Account of plague administration in the Bombay Presidency from September 1896 till May 1897
Year: 1896
Disease focus: Plague
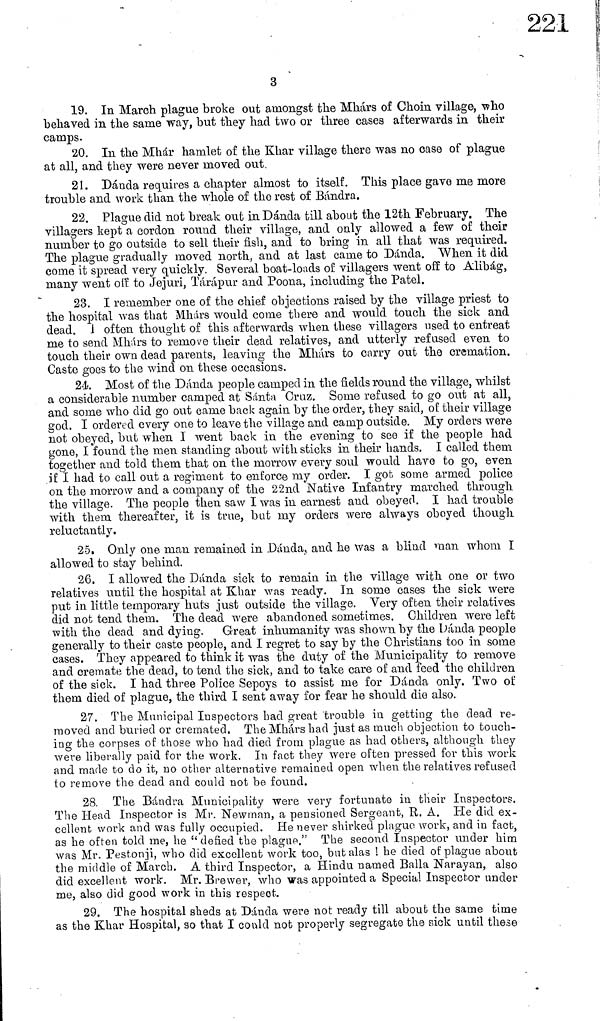
3
19. In March plague broke out amongst the Mhárs of Choin village, who
behaved in the sanie way, but they had two or three cases afterwards in their
camps.
20. In the Mhár hamlet of the Khar village there was no case of plague
at all, and they were never moved out.
21. Dánda requires a chapter almost to itself. This place gave me more
trouble and work than the whole of the rest of Bándra.
22. Plague did not break out in Dánda till about the 12th February. The
villagers kept a cordon round their village, and only allowed a few of their
number to go outside to sell their fish, and to bring in all that was required.
The plague gradually moved north, and at last came to Dánda. When it did
come it spread very quickly. Several boat-loads of villagers went off to Alibág,
many went οff to Jejuri, Tárápur and Poona, including the Patel.
23. I remember one of the chief objections raised by the village priest to
the hospital was that Mhárs would come there and would touch the sick and
dead. 1 often thought of this afterwards when these villagers used to entreat
me to send Mhárs to remove their dead relatives, and utterly refused even to
touch their own dead parents, leaving the Mhárs to carry out the cremation.
Caste goes to the wind on these occasions.
24. Most of the Danda people camped in the fields round the village, whilst
a considerable number camped at Santa Cruz. Some refused to go out at all,
and some who did go oui came back again by the order, they said, of their village
god. I ordered every one to leave the village and camp outside. My orders were
not obeyed, but when 1 went back in the evening to see if the people had
gone, I found the men standing about with sticks in their hands. I called them
together and told them that on the morrow every soul would have to go, even
if I had to call out a regiment to enforce my order. I got some armed police
on the morrow and a company of the 22nd Native Infantry marched through
the village. The people then saw I was in earnest and obeyed. I had trouble
with them thereafter, it is true, but my orders were always obeyed though
reluctantly.
25. Only one man remained in .Dánda, and he was a blind man whom I
allowed to stay behind.
26. I allowed the Dánda sick to remain in the village with one or two
relatives until the hospital at Khar was ready. In some cases the sick were
put in little temporary huts just outside the village. Very often their relatives
did not tend them. The dead were abandoned sometimes. Children were left
with the dead and dying. Great inhumanity was shown by the Dánda people
generally to their caste people, and I regret to say by the Christians too in some
cases. They appeared to think it was the duty of the Municipality to remove
and cremate the dead, to tend the sick, and to take care of and feed the children
of the sick. I had three Police Sepoys to assist me for Danda only. Two of
them died of plague, the third I sent away for fear he should die also.
27. The Municipal Inspectors had great trouble in getting the dead re-
moved and buried or cremated. The Mhárs had just as much objection to touch-
ing the corpses of those who had died from plague as had others, although they
were liberally paid for the work. In fact they were often pressed for this work
and made to do it, no other alternative remained open when the relatives refused
to remove the dead and could not be found.
28. The Bándra Municipality were very fortunate in their Inspectors.
The Head Inspector is Mr. Newman, a pensioned Sergeant, R. A. He did ex-
cellent work and was fully occupied. He never shirked plague work, and in fact,
as he often told me, he" defied the plague." The second Inspector under him
was Mr. Pestonji, who did excellent work too, but alas ! he died of plague about
the middle of March. A third Inspector, a Hindu named Baila Narayan, also
did excellent work. Mr. Brewer, who was appointed a Special Inspector under
me, also did good work in this respect.
29. The hospital sheds at Dánda were not ready till about the same time
as the Khar Hospital, so that I could not properly segregate the sick until these